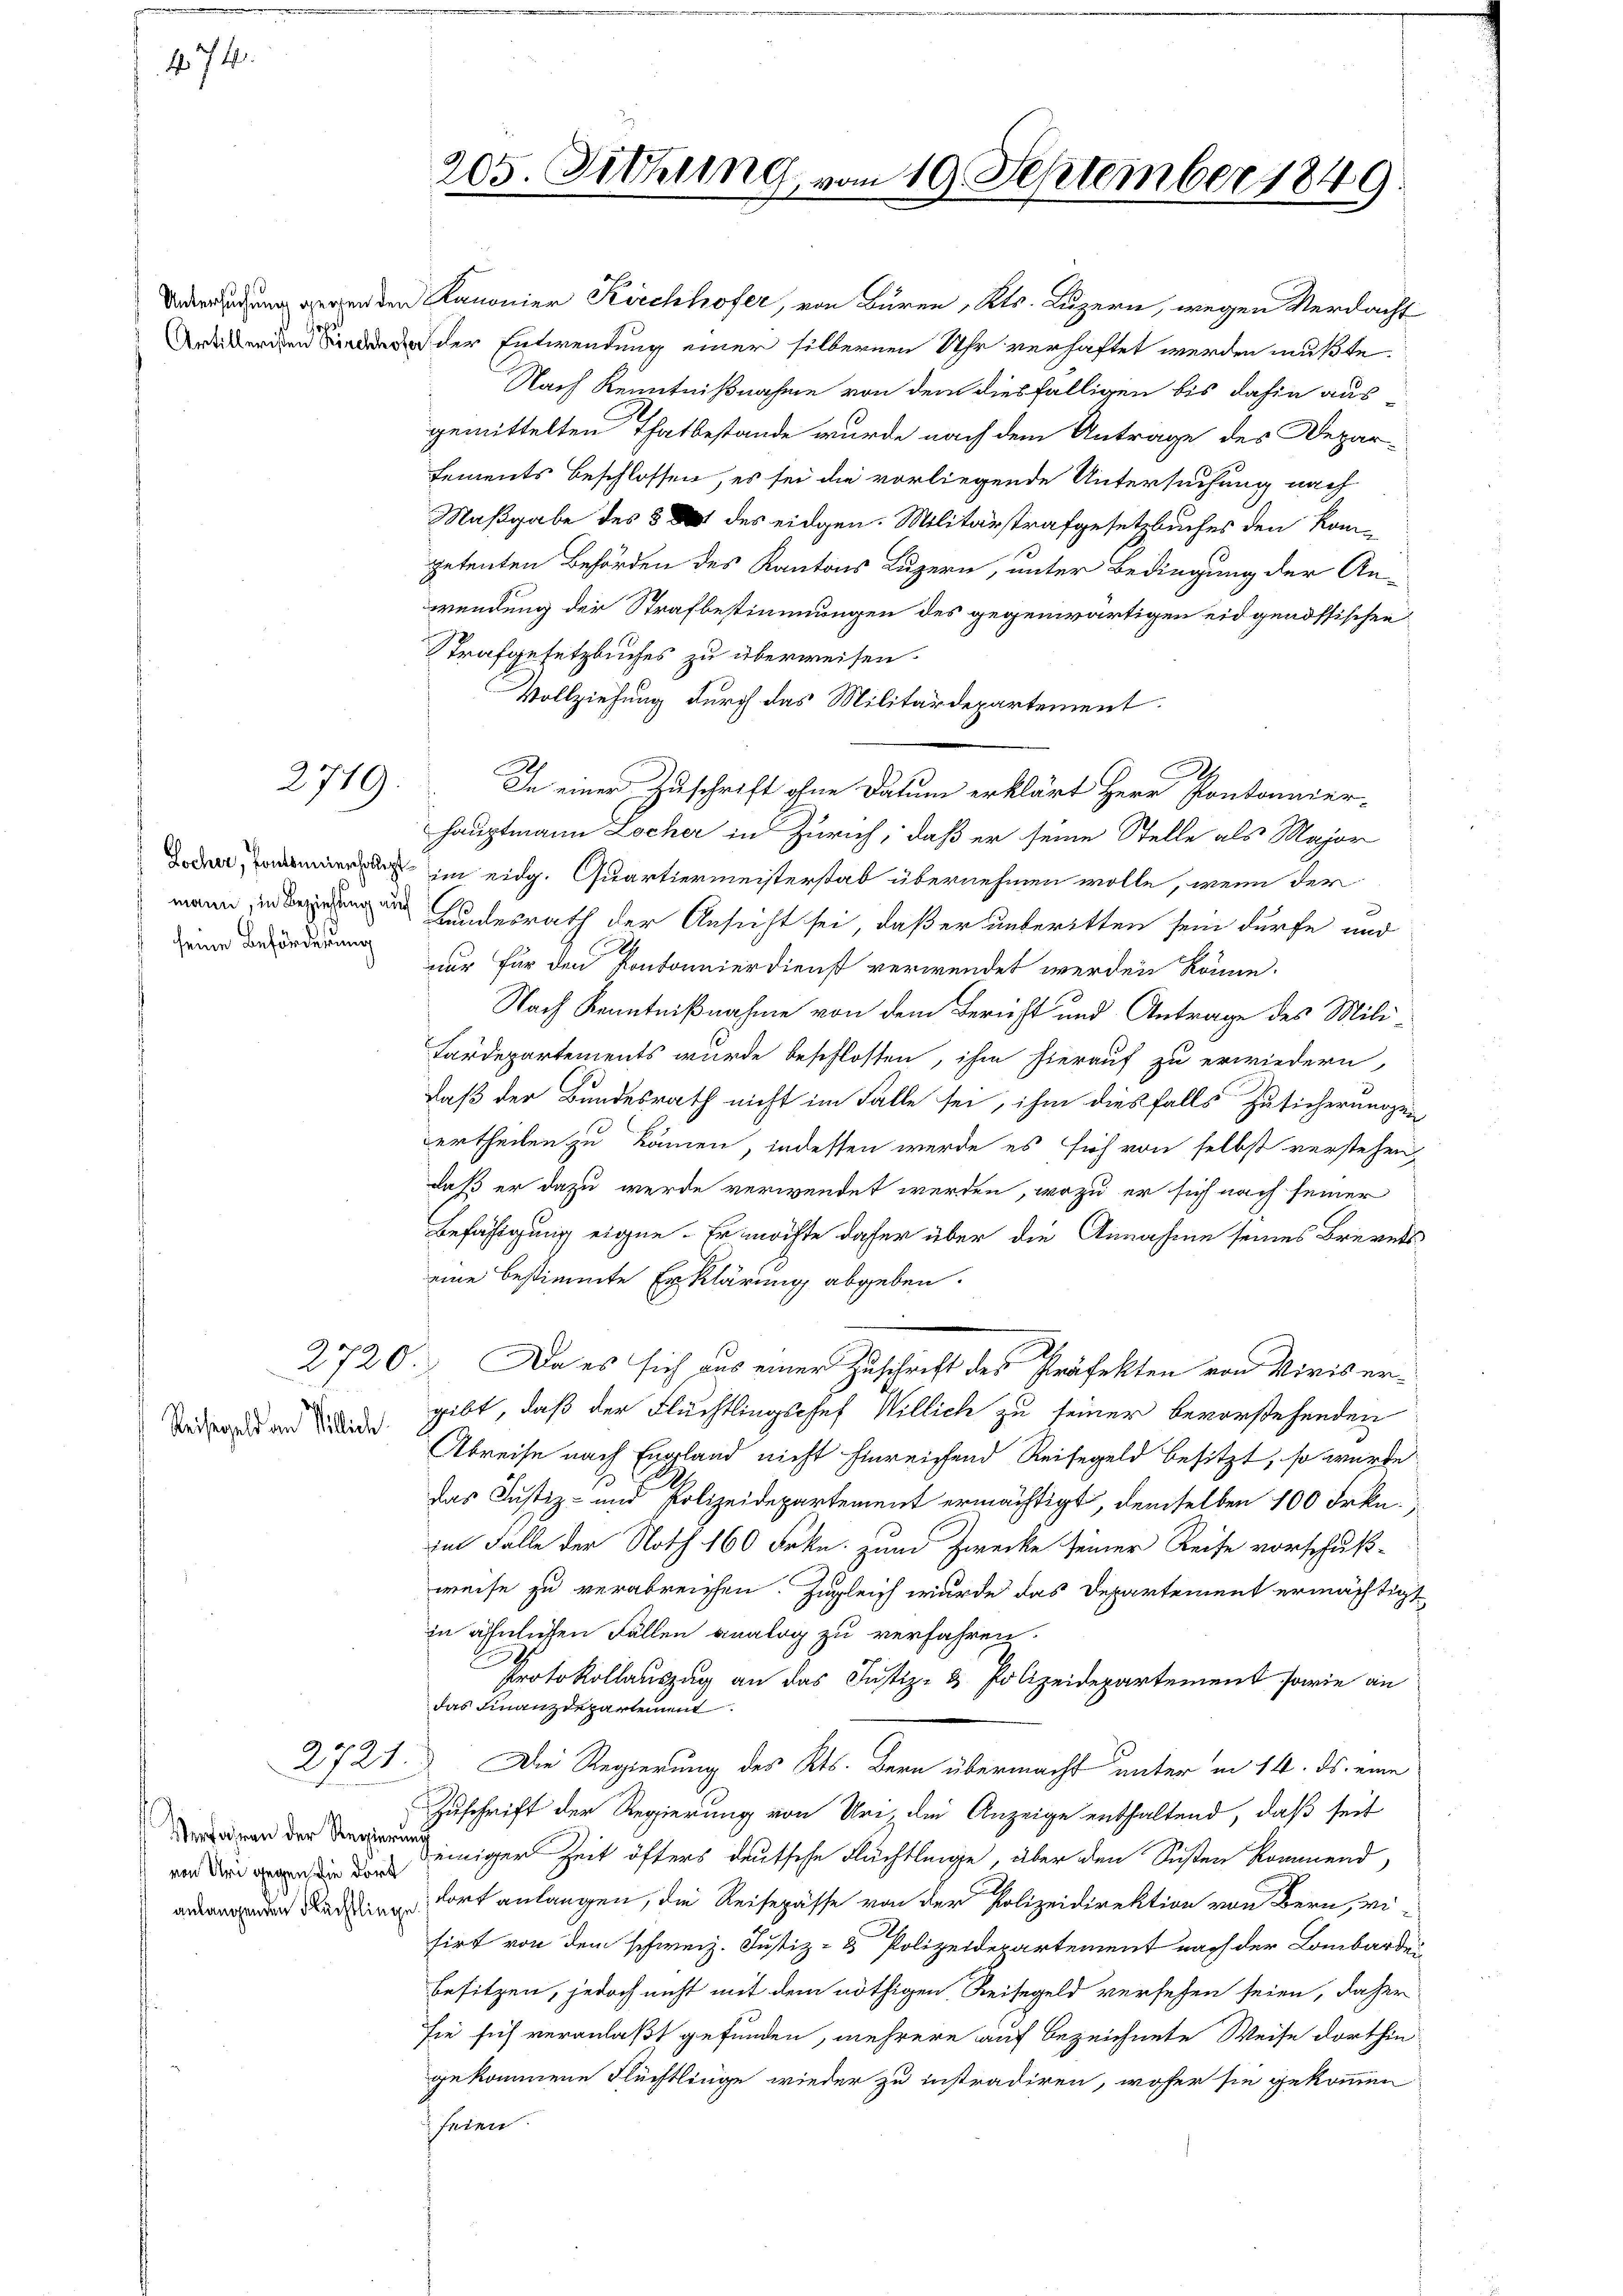
474.

Untersuchung gegen den
Artilleristen Kirchhofer

Reisegeld an Villich

2719.

seine Beförderung

Verfahren der Regierung
von Uri gegen die dort

2721.

205. Sitzung vom 19. September 1849

Kanonier Kirchhofer, von Büren, Kts. Luzern, wegen Verdacht
dder Entwendung einer silbernen Uhr verhaftet werden mußte.
Nach Kenntnißnahme von dem diesfälligen bis dahin ausgemittelten Thatbestande wurde nach dem Antrage des Depar-
sements beschlossen, es sei die vorliegende Untersuchung nach
Maßgabe des § 2 des eidgen. Militärstrafgesetzbuches den Kompetenten Behörden des Kantons Luzern, unter Bedingung der An-
wendung der Strafbestimmungen des gegenwärtigen eidgenössischen
Strafgesetzbuches zu überweisen.
Vollziehung durch das Militärdepartement.
In einer Zuschrift ohne Datum erklärt Herr Pontonier-
hauptmann Locher in Zürich, daß er seine Stelle als Major
 im eidg. Quartiermeisterstab übernehmen wolle, wenn der
wann in Hundesrath der Ansicht sei, daß er unteritten sein dürfe und
nur für den Pontonnierdienst verwendet werden könne.
Nach Kenntnißnahme von dem Bericht und Antrage des Mili¬
Färdepartements wurde beschlossen, ihm hierauf zu erwiedern,
daß der Bundesrath nicht im Falle sei, ihm diesfalls Zusicherungen
ertheilen zu kämen, indessen werde es sich von selbst verstehen,
daß er dazu werde verwendet werden, wozu er sich nach seiner
Befähigung eigne. Er möchte daher über die Annahme seines Brevetseine bestimmte Erklärung abgeben.
2720. Da es sich aus einer Zuschrift des Präfekten von Viris ergibt, daß der Fluchtlingschef Willich zu seiner bevorstehenden
Abreise nach England nicht hinreichend Reisegeld besitzt, so wurde
das Justiz- und Polizeidepartement ermächtigt, demselben 100 Frkn.
Im Falle der Noth 160 Frkn. zum Zwecke seiner Reise vorschuß-
weise zu verabreichen. Zugleich wurde das Departement ermächtigt
in ähnlichen Fällen analog zu verfahren.
Protokolauszug an das Justiz- & Polizeidepartement sowie an
das Finanzdepartement
Die Regierung des Kts. Bern übermacht unter in 14. ds. eine
Zuschrift der Regierung von Uri der Anzeige enthaltend, daß seit
einiger Zeit öfters deutsche Flüchtlinge, über den Susten kommend,
 Rad fort anlangen, die Reisepässe von der Polizeidirektion von Bern, wi
sirt von dem schweiz. Justiz- & Polizeidepartement nach der Lombarder
besitzen, jedoch nicht mit dem nöthigen Reisegeld versehen seien, daher
sie sich veranlaßt gefunden, mehrere auf bezeichnete Weise dorthin
gekommene Flüchtlinge wieder zu instradiren, woher sie gekommen
hätere